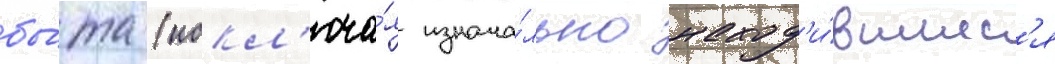
бы́та (искл'юча́я изнача́льно наход'и́вшиес'я